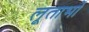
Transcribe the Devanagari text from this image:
लूताभों